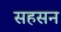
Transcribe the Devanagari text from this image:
सहसन